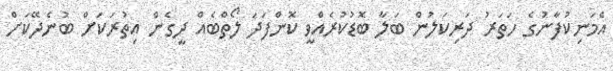
އެމަނިކުފާނުގެ ހަތަރު ދަރިކަލުން ބަލާ ބޮޑުކުރެއްވީ ކޮންފަދަ ލޯތްބެއް ދީގެން އިތުރަކަށް ބުނެދޭކަށް